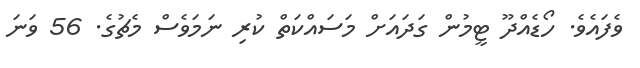
ވެފައެވެ. ހޯޑެއްދޫ ޓީމުން ގަދައަށް މަސައްކަތް ކުރި ނަމަވެސް މެޗުގެ. 56 ވަނަ